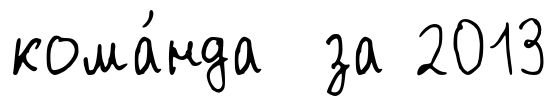
кома́нда за 2013